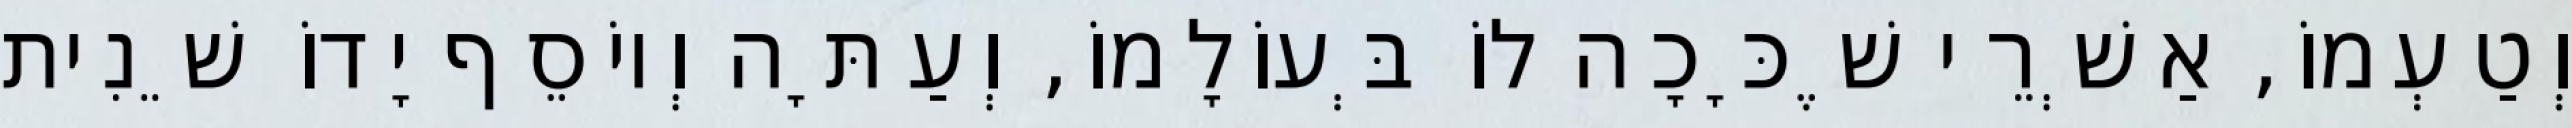
וְטַעְמוֹ, אַשְׁרֵי שֶׁכָּכָה לוֹ בְּעוֹלָמוֹ, וְעַתָּה וְיוֹסֵף יָדוֹ שֵׁנִית